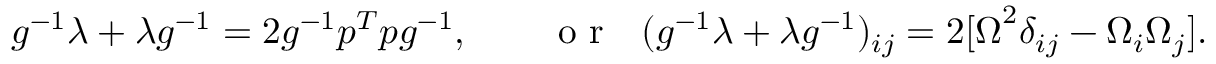
\begin{array} { r } { g ^ { - 1 } \lambda + \lambda g ^ { - 1 } = 2 g ^ { - 1 } p ^ { T } p g ^ { - 1 } , \qquad \mathrm { ~ o ~ r ~ } ~ ~ ( g ^ { - 1 } \lambda + \lambda g ^ { - 1 } ) _ { i j } = 2 [ { \boldsymbol \Omega } ^ { 2 } \delta _ { i j } - \Omega _ { i } \Omega _ { j } ] . } \end{array}